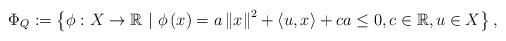
\begin{align*}\Phi_{Q}:=\left\{ \phi:X\to\mathbb{R} \ |\ \phi\left(x\right)=a\left\Vert x\right\Vert ^{2}+\left\langle u,x\right\rangle +c a\leq 0 ,c\in\mathbb{R},u\in X\right\},\end{align*}